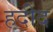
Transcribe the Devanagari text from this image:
हदीद